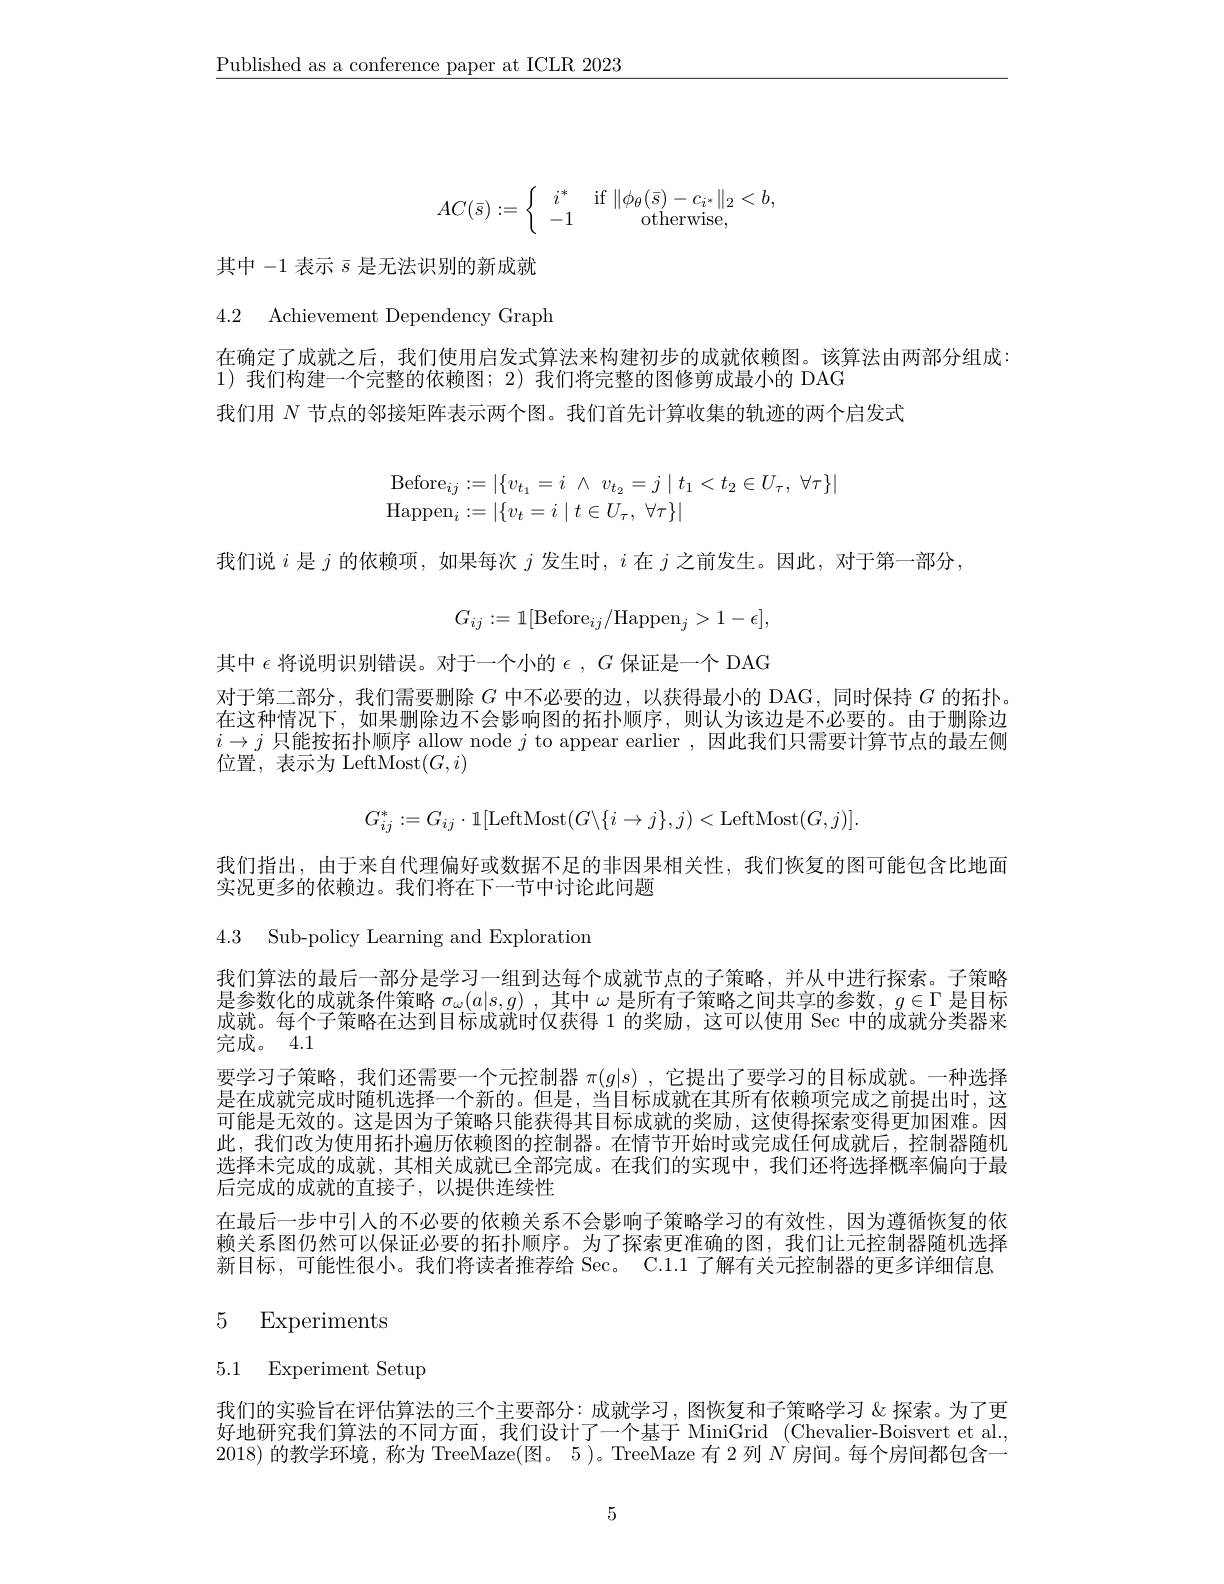
$\underline{\text{Published as a conference paper at ICLR 2023}}$
$$AC(\bar{s}):=\left\{\begin{array}{cc}i^*&\text{if}\:\|\phi_\theta(\bar{s})-c_{i^*}\|_2<b,\\-1&\text{otherwise,}\end{array}\right.$$
其中-1表示$\bar{s}$是无法识别的新成就

4.2 Achievement Dependency Graph

在确定了成就之后，我们使用启发式算法来构建初步的成就依赖图。该算法由两部分组成：
1)我们构建一个完整的依赖图；2) 我们将完整的图修剪成最小的 DAG
我们用$N$节点的邻接矩阵表示两个图。我们首先计算收集的轨迹的两个启发式
$$\begin{array}{rl}\mathrm{Before}_{ij}:=|\{v_{t_1}=i\:\wedge\:v_{t_2}=j\:|\:t_1<t_2\in U_\tau,\:\forall\tau\}|\\\mathrm{Happen}_i:=|\{v_t=i\:|\:t\in U_\tau,\:\forall\tau\}|\end{array}$$
我们说$i$是$j$的依赖项，如果每次$j$发生时，$i$在$j$之前发生。因此，对于第一部分，
$$G_{ij}:=\mathbb{1}[\mathrm{Before}_{ij}/\mathrm{Happen}_{j}>1-\epsilon],$$
其中$\epsilon$将说明识别错误。对于一个小的$\epsilon,G$保证是一个 DAG

对于第二部分，我们需要删除$G$中不必要的边，以获得最小的 DAG,同时保持$G$的拓扑在这种情况下，如果删除边不会影响图的拓扑顺序，则认为该边是不必要的。由于删除边$i\to j$只能按拓扑顺序 allow node $j$ to appear earlier,因此我们只需要计算节点的最左侧位置，表示为 LeftMost$(G,i)$
$$G_{ij}^{*}:=G_{ij}\cdot\mathbb{1}[\mathrm{LeftMost}(G\backslash\{i\rightarrow j\},j)<\mathrm{LeftMost}(G,j)].$$
我们指出，由于来自代理偏好或数据不足的非因果相关性，我们恢复的图可能包含比地面
实况更多的依赖边。我们将在下一节中讨论此问题

4.3 Sub-policy Learning and Exploration

我们算法的最后一部分是学习一组到达每个成就节点的子策略，并从中进行探索。子策略是参数化的成就条件策略$\sigma _\omega ( a| s, g)$ , 其 中 $\omega$是所有子策略之间共享的参数，$g\in\Gamma$是目标成就。每个子策略在讨到目标成就时仅获得 1 的奖励、这可以使用 Sec 中的成就分类器来完成。4.1
要学习子策略，我们还需要一个元控制器$\pi(g|s)$ ,它提出了要学习的目标成就。一种选择是在成就完成时随机选择一个新的。但是，当目标成就在其所有依赖项完成之前提出时，这可能是无效的。这是因为子策略只能获得其目标成就的奖励，这使得探索变得更加困难。因此，我们改为使用拓扑遍历依赖图的控制器。在情节开始时或完成任何成就后，控制器随机选择未完成的成就，其相关成就已全部完成。在我们的实现中，我们还将选择概率偏向于最后完成的成就的直接子，以提供连续性
在最后一步中引入的不必要的依赖关系不会影响子策略学习的有效性，因为遵循恢复的依赖关系图仍然可以保证必要的拓扑顺序。为了探索更准确的图，我们让元控制器随机选择新目标，可能性很小。我们将读者推荐给 Sec。C.1.1了解有关元控制器的更多详细信息

# 5 Experiments

# 5.1 Experiment Setup

我们的实验旨在评估算法的三个主要部分：成就学习，图恢复和子策略学习《探索。为了更好地研究我们算法的不同方面，我们设计了一个基于 MiniGrid (Chevalier-Boisvert et al., 2018)的教学环境，称为 TreeMaze(图。5 )。TreeMaze 有 2 列$N$房间。每个房间都包含一

5